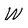
Character: W